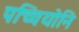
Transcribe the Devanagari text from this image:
पच्चियोनि